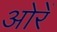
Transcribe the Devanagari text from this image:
ओरें